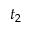
t _ { 2 }